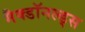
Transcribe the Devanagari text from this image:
मैक्डॉनल्ड्स